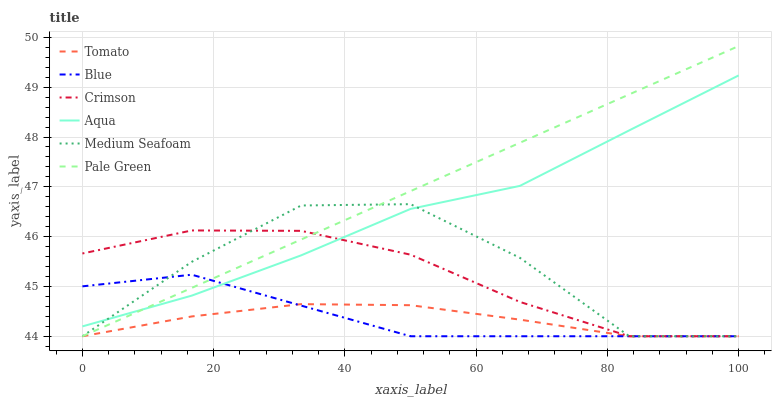
| xaxis_label | Tomato | Blue | Crimson | Aqua | Medium Seafoam | Pale Green |
 | --- | --- | --- | --- | --- | --- | --- |
 | 0 | 44 | 45 | 45.7 | 44.2 | 44 | 44 |
 | 16.7 | 44.4 | 45.2 | 46.1 | 44.8 | 45.5 | 45 |
 | 33.3 | 44.6 | 44.6 | 46.1 | 45.6 | 46.6 | 45.9 |
 | 50 | 44.6 | 44 | 45.6 | 46.6 | 46.7 | 46.9 |
 | 66.7 | 44.3 | 44 | 44.7 | 47 | 45.6 | 47.9 |
 | 83.3 | 44 | 44 | 44 | 48.1 | 44 | 48.9 |
 | 100 | 44 | 44 | 44 | 49.2 | 44 | 49.8 |